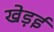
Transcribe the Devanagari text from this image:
खेड़ई